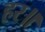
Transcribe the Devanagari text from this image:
हर॥